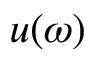
u ( \omega )